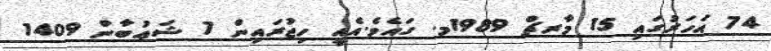
74 އަހަރުގައި 15 މާރޗް 1989މ. ގައެވެ.އެއީ ހިޖުރައިން 7 ޝަޢުބާން 1409